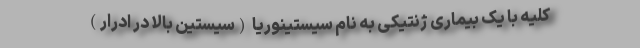
کلیه با یک بیماری ژنتیکی به نام سیستینوریا (سیستین بالا در ادرار)